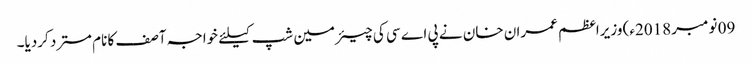
09 نومبر 2018ء) وزیراعظم عمران خان نے پی اے سی کی چیئرمین شپ کیلئے خواجہ آصف کا نام مسترد کردیا۔